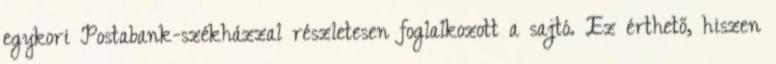
egykori Postabank-székházzal részletesen foglalkozott a sajtó. Ez érthető, hiszen